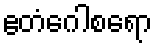
ဧတံဂေါစရော